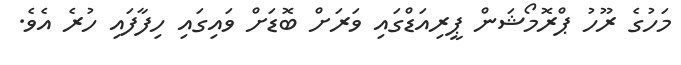
މަހުގެ ރޫހު ޕްރޮމޯޝަން ޕީރިއަޑްގައި ވަރަށް ބޮޑަށް ވައިގައި ހިފާފައި ހުރެ އެވެ.